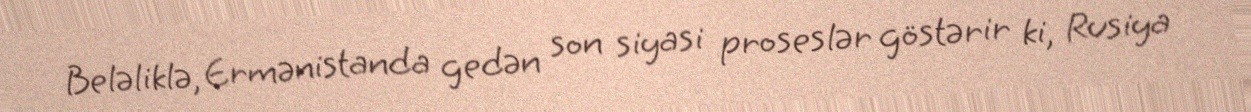
Beləliklə, Ermənistanda gedən son siyasi proseslər göstərir ki, Rusiya